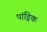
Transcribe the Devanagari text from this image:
पांड्रिक